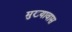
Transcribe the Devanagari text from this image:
मुख्यावास